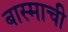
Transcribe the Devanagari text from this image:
बास्माची